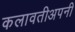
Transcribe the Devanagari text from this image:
कलावतीअपनी